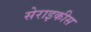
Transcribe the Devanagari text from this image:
सेराइकीस